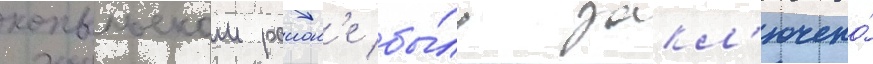
копыльском раион'е бы́ло закл'ючено́